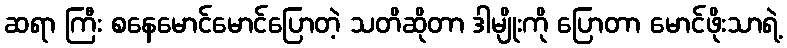
ဆရာ ကြီး စနေမောင်မောင်ပြောတဲ့ သတိဆိုတာ ဒါမျိုးကို ပြောတာ မောင်ဖိုးသာရဲ့